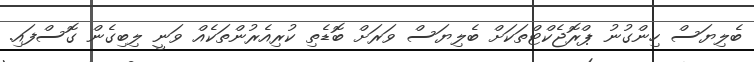
ބެލިޔަސް ހިންގުނު ޕްރޮޖެކްޓްތަކަށް ބެލިޔަސް ވަރަށް ބޮޑެތި ކުރިއެރުންތަކެއް ވަނީ ލިބިގެން ގޮސްފައި.